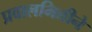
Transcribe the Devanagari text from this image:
प्रवालभित्तीने